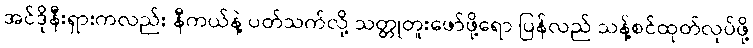
အင်ဒိုနီးရှားကလည်း နီကယ်နဲ့ ပတ်သက်လို့ သတ္တုတူးဖော်ဖို့ရော ပြန်လည် သန့်စင်ထုတ်လုပ်ဖို့